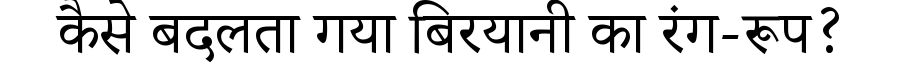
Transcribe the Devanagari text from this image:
कैसे बदलता गया बिरयानी का रंग-रूप?